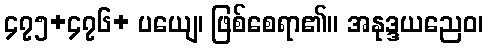
၄၇၅+၄၇၆+ ပယျေ၊ ဖြစ်စေရာ၏။ အနုဒ္ဒယညေဝ၊